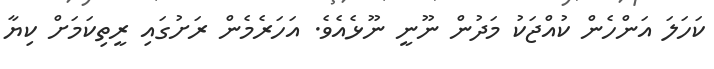
ކަހަލަ އަންހެން ކުއްޖަކު މަދުން ނޫނީ ނޫޅެއެވެ. އަހަރެމެން ރަށުގައި ރީތިކަމަށް ކިޔާ